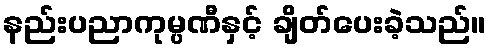
နည်းပညာကုမ္ပဏီနှင့် ချိတ်ပေးခဲ့သည်။